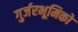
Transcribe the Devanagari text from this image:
गुर्जरभूमिको